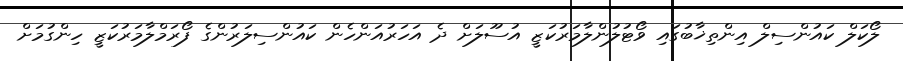
ލޯކަލް ކައުންސިލް އިންތިޚާބުގައި ވޯޓުލުންލާމަރުކަޒީ އުސޫލަށް ދެ އަހަރުއަންހެން ކައުންސިލަރުންގެ ފޯރަމްލާމަރުކަޒީ ހިންގުމަށް